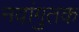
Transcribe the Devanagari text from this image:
नवांगुतक